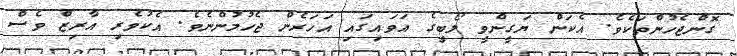
ގޮންޖެހުންތަކެވެ. އެކަން ޔަގީންވީ ލޯބީގެ އަވައިގައި އަހަރެން ޖެހުމުންނެވެ. އެކުވެރި އާރިޒް ވެސް